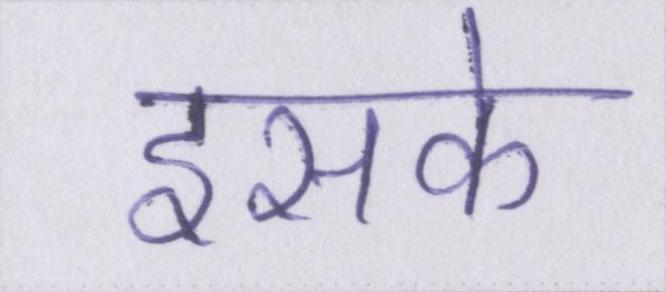
इसके